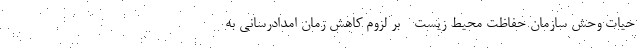
حیات وحش سازمان حفاظت محیط زیست - بر لزوم کاهش زمان امدادرسانی به